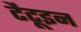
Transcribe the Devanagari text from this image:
टैटूइन